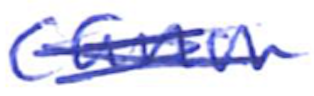
Text: canon
Cross-out: scratch
Writing tool: ballpoint